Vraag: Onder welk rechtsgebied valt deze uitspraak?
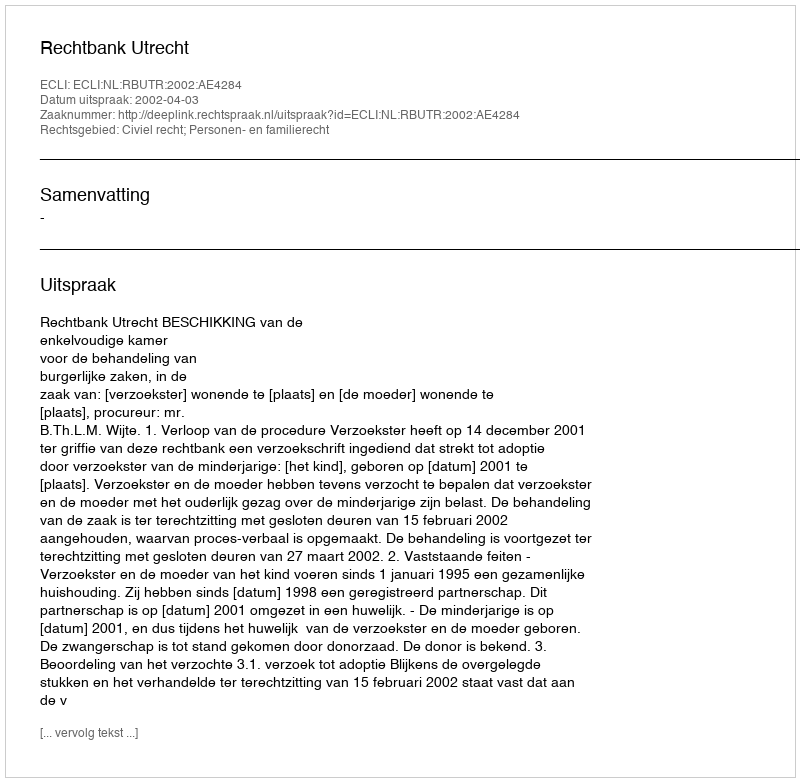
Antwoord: Civiel recht; Personen- en familierecht